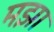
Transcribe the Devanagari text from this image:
मझा